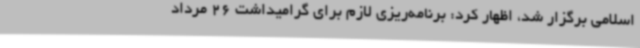
اسلامی برگزار شد، اظهار کرد: برنامه‌ریزی لازم برای گرامیداشت 26 مرداد